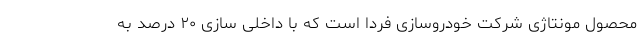
محصول مونتاژی شرکت خودروسازی فردا است که با داخلی سازی ۲۰ درصد به